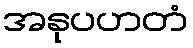
အနုပဟတံ